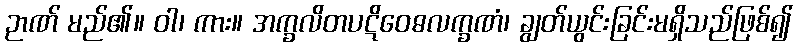
ဉာဏ် မည်၏။ ဝါ၊ ကား။ အက္ခလိတပဋိဝေဓလက္ခဏံ၊ ချွတ်ယွင်းခြင်းမရှိသည်ဖြစ်၍